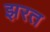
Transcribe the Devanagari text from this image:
झरत